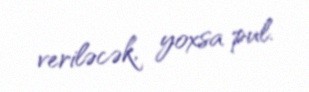
veriləcək, yoxsa pul.